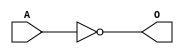
module MSCINVD1 (O,A);
    output O;
    input A;
        not             U_1     ( O , A);
endmodule